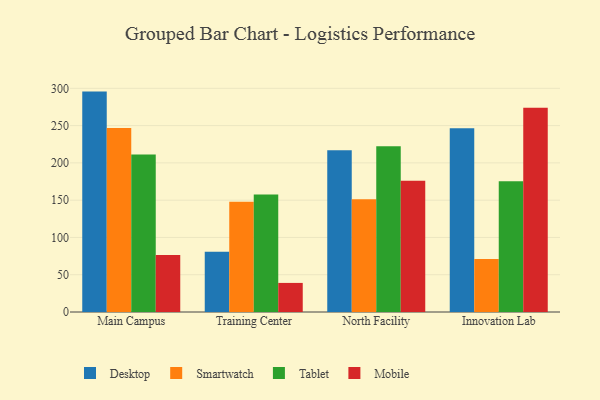
{"axis": {"x": "Campus", "y": "Temperature (°C)"}, "legend": ["Desktop", "Mobile", "Smartwatch", "Tablet"], "data": [{"x": "Main Campus", "y": 295.6, "type": "Desktop"}, {"x": "Main Campus", "y": 246.8, "type": "Smartwatch"}, {"x": "Main Campus", "y": 211.3, "type": "Tablet"}, {"x": "Main Campus", "y": 76.6, "type": "Mobile"}, {"x": "Training Center", "y": 80.8, "type": "Desktop"}, {"x": "Training Center", "y": 147.7, "type": "Smartwatch"}, {"x": "Training Center", "y": 157.7, "type": "Tablet"}, {"x": "Training Center", "y": 39.0, "type": "Mobile"}, {"x": "North Facility", "y": 217.1, "type": "Desktop"}, {"x": "North Facility", "y": 151.3, "type": "Smartwatch"}, {"x": "North Facility", "y": 222.2, "type": "Tablet"}, {"x": "North Facility", "y": 176.0, "type": "Mobile"}, {"x": "Innovation Lab", "y": 246.4, "type": "Desktop"}, {"x": "Innovation Lab", "y": 71.1, "type": "Smartwatch"}, {"x": "Innovation Lab", "y": 175.4, "type": "Tablet"}, {"x": "Innovation Lab", "y": 273.8, "type": "Mobile"}]}